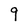
Character: 9